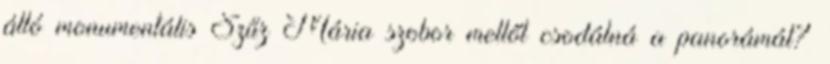
álló monumentális Szűz Mária szobor mellől csodálná a panorámát?